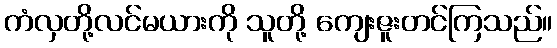
ကံလှတို့လင်မယားကို သူတို့ ကျေးဇူးတင်ကြသည်။